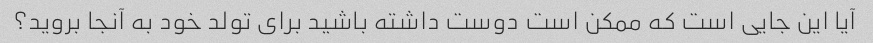
آیا این جایی است که ممکن است دوست داشته باشید برای تولد خود به آنجا بروید؟